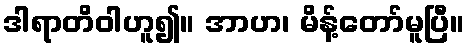
ဒါရာတိဝါဟူ၍။ အာဟ၊ မိန့်တော်မူပြီ။